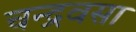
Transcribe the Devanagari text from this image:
चन्द्रवसा